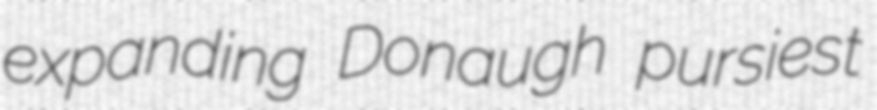
expanding Donaugh pursiest